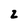
Character: z